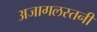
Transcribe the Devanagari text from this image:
अजागलस्तनी